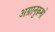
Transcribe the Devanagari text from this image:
अग्रानुक्रमों